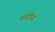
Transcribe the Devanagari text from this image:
नॉरीस